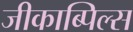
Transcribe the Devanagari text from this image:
जीकाब्पिल्स